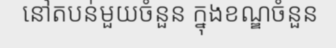
នៅតបន់មួយចំនួន ក្នុងខណ្ឌចំនួន